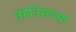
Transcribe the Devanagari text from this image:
तेहेतिसाव्या